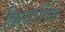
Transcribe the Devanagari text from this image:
क्रियाविंत